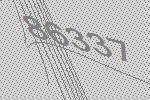
86337